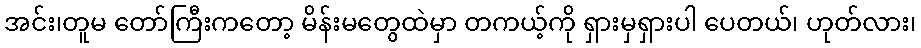
အင်း၊တူမ တော်ကြီးကတော့ မိန်းမတွေထဲမှာ တကယ့်ကို ရှားမှရှားပါ ပေတယ်၊ ဟုတ်လား၊